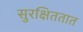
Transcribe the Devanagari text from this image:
सुरक्षिततात